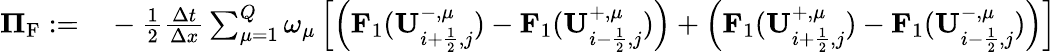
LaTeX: \begin{array}{rl}{{\mathbf\Pi}_{\mathrm{{{F}}}}:=}&{{}-\frac{1}{2}\frac{\Delta t}{\Delta x}\sum_{\mu=1}^{Q}\omega_{\mu}\left[\left(\mathbf{F}_{1}(\mathbf{U}_{i+\frac{1}{2},j}^{-,\mu})-\mathbf{F}_{1}(\mathbf{U}_{i-\frac{1}{2},j}^{+,\mu})\right)+\left(\mathbf{F}_{1}(\mathbf{U}_{i+\frac{1}{2},j}^{+,\mu})-\mathbf{F}_{1}(\mathbf{U}_{i-\frac{1}{2},j}^{-,\mu})\right)\right]}\end{array}